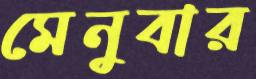
মেনুবার